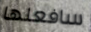
سافعلها